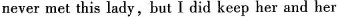
never met this lady, but I did keep her and her